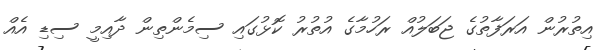
އިތުރުން އަރަފާތުގެ ޖަބަލުއް ރަހުމާގެ އުތުރު ކޮޅުގައި ސިމެންތިން ދާއިމީ ސިޑި އެއް